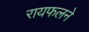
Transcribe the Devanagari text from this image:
रायफलने